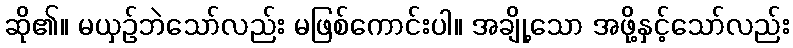
ဆို၏။ မယှဉ်ဘဲသော်လည်း မဖြစ်ကောင်းပါ။ အချို့သော အဖို့နှင့်သော်လည်း